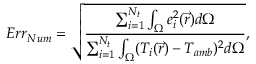
E r r _ { N u m } = \sqrt { \frac { \sum _ { i = 1 } ^ { N _ { t } } \int _ { \Omega } e _ { i } ^ { 2 } ( \vec { r } ) d \Omega } { \sum _ { i = 1 } ^ { N _ { t } } \int _ { \Omega } ( T _ { i } ( \vec { r } ) - T _ { a m b } ) ^ { 2 } d \Omega } } ,